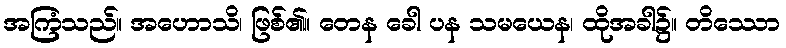
အကြံသည်။ အဟောသိ၊ ဖြစ်၏။ တေန ခေါ ပန သမယေန၊ ထိုအခါ၌။ တိဿော